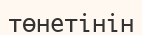
төнетінін